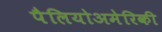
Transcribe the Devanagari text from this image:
पैलियोअमेरिकी